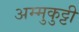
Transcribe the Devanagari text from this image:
अम्मुकुट्टी